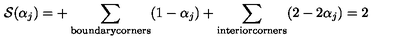
{ \cal S } ( \alpha _ { j } ) = + \sum _ { \mathrm { b o u n d a r y c o r n e r s } } ( 1 - \alpha _ { j } ) + \sum _ { \mathrm { i n t e r i o r c o r n e r s } } ( 2 - 2 \alpha _ { j } ) = 2